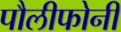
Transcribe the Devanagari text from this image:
पौलीफोनी